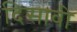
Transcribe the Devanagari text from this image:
दिसावी